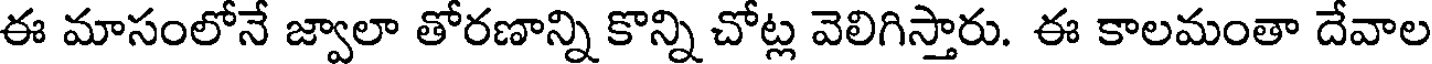
ఈ మాసంలోనే జ్వాలా తోరణాన్ని కొన్ని చోట్ల వెలిగిస్తారు. ఈ కాలమంతా దేవాల